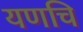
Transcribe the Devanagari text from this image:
यणचि